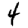
Digit: 4